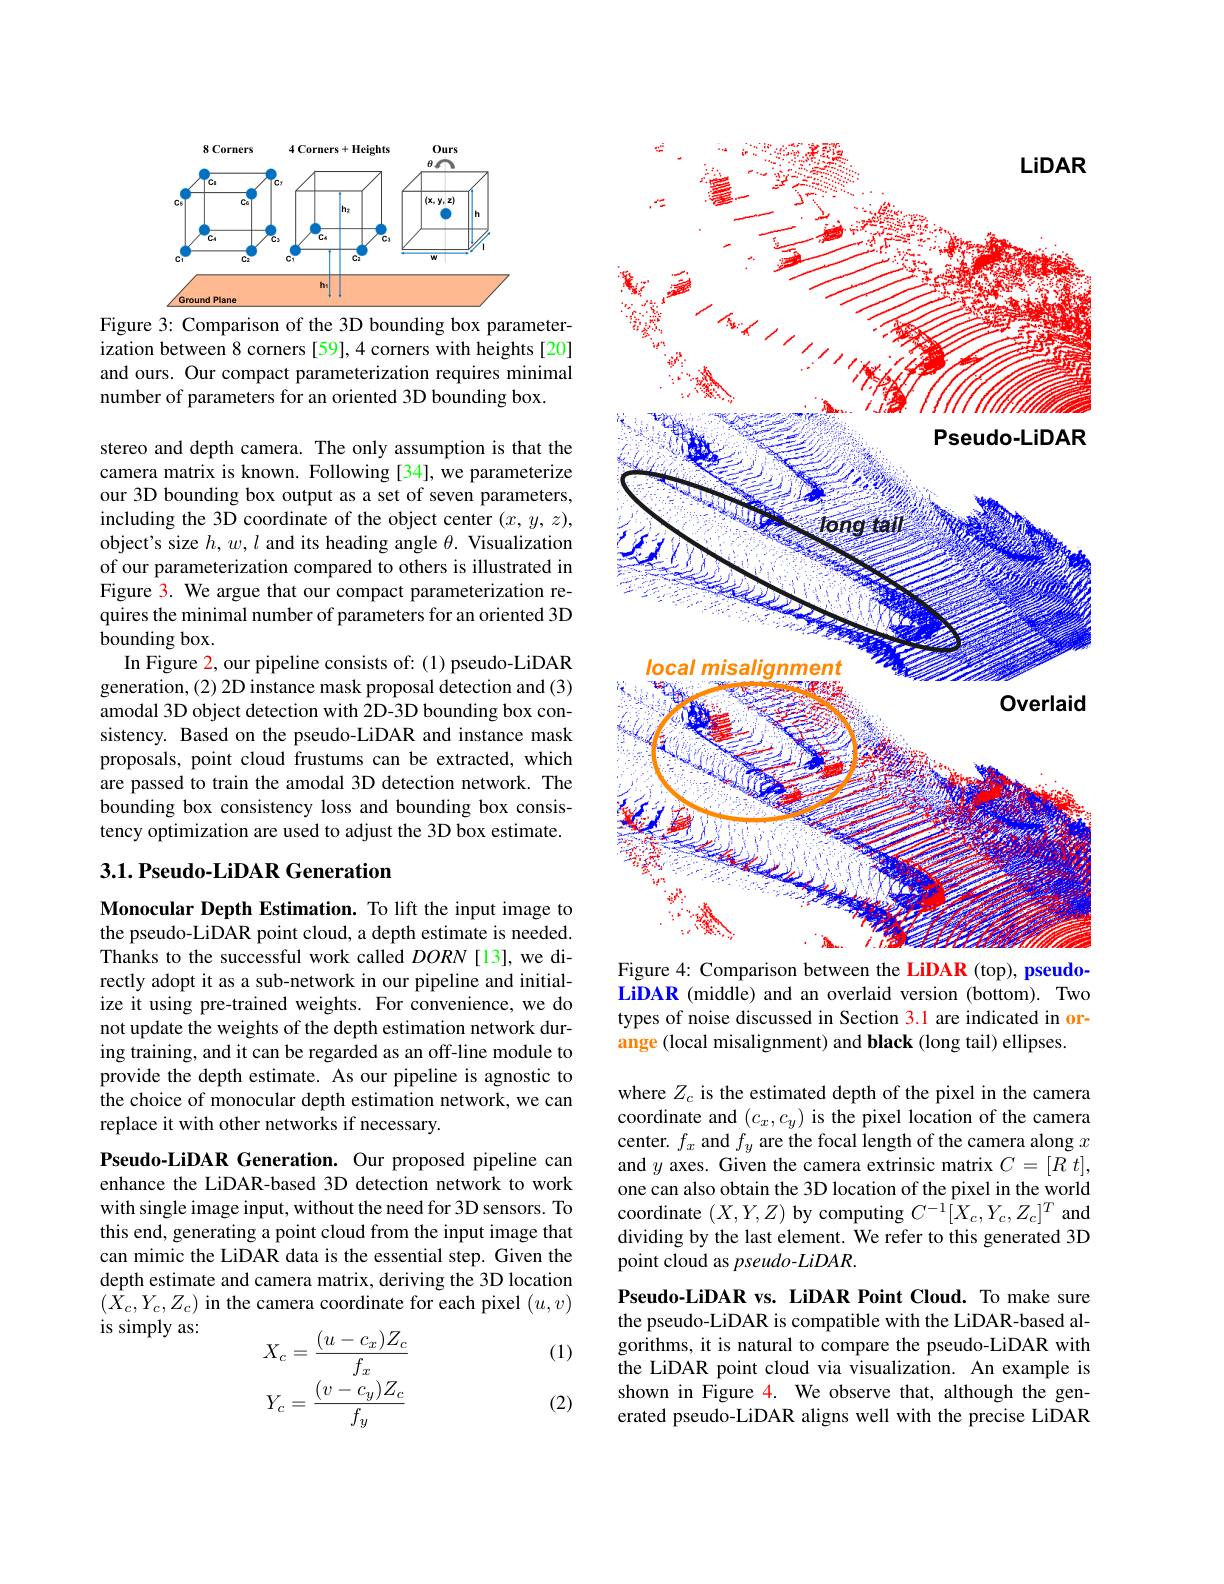
<FigureHere>
Figure 3: Comparison of the 3D bounding box parameter-

ization between 8 corners [59],4 corners with heights [20] and ours. Our compact parameterization requires minimal number of parameters for an oriented 3D bounding box.

stereo and depth camera. The only assumption is that the camera matrix is known. Following [34], we parameterize our 3D bounding box output as a set of seven parameters, including the 3D coordinate of the object center $(x,y,z)$, object's size $h,w,l$ and its heading angle $\theta.$ Visualization of our parameterization compared to others is illustrated in Figure 3. We argue that our compact parameterization requires the minimal number of parameters for an oriented 3D bounding box.
In Figure 2, our pipeline consists of: (1) pseudo-LiDAR generation, (2) 2D instance mask proposal detection and (3) amodal 3D object detection with 2D-3D bounding box consistency. Based on the pseudo-LiDAR and instance mask proposals, point cloud frustums can be extracted, which are passed to train the amodal 3D detection network. The bounding box consistency loss and bounding box consistency optimization are used to adjust the 3D box estimate.

### 3.1. Pseudo-LiDAR Generation

Monocular Depth Estimation. To lift the input image to the pseudo-LiDAR point cloud, a depth estimate is needed. Thanks to the successful work called $DORN$ [13], we directly adopt it as a sub-network in our pipeline and initialize it using pre-trained weights. For convenience, we do not update the weights of the depth estimation network during training, and it can be regarded as an off-line module to provide the depth estimate. As our pipeline is agnostic to the choice of monocular depth estimation network, we can replace it with other networks if necessary.

Pseudo-LiDAR Generation. Our proposed pipeline can enhance the LiDAR-based 3D detection network to work with single image input, without the need for 3D sensors. To this end, generating a point cloud from the input image that can mimic the LiDAR data is the essential step. Given the depth estimate and camera matrix, deriving the 3D location $(\bar{X}_{c},Y_{c},Z_{c})$ in the camera coordinate for each pixel $(u,v)$ is simply as:
$$\begin{aligned}X_c&=\frac{(u-c_x)Z_c}{f_x}\\Y_c&=\frac{(v-c_y)Z_c}{f_y}\end{aligned}$$
(1)

(2)

<FigureHere>

Figure 4: Comparison between the LiDAR (top), pseudo-

LiDAR (middle) and an overlaid version (bottom). Two types of noise discussed in Section 3.1 are indicated in orange (local misalignment) and black (long tail) ellipses.

where $Z_c$ is the estimated depth of the pixel in the camera coordinate and $(c_x,c_y)$ is the pixel location of the camera center. $f_x$ and $f_y$ are the focal length of the camera along $x$ and $y$ axes. Given the camera extrinsic matrix $C=[R$ $t]$, one can also obtain the 3D location of the pixel in the world coordinate $(X,Y,Z)$ by computing $C^-1[\hat{X}_c,Y_c,Z_c]^T$ and dividing by the last element. We refer to this generated 3D point cloud as pseudo-LiDAR.

Pseudo-LiDAR vs. LiDAR Point Cloud. To make sure the pseudo-LiDAR is compatible with the LiDAR-based algorithms, it is natural to compare the pseudo-LiDAR with the LiDAR point cloud via visualization. An example is shown in Figure 4. We observe that, although the generated pseudo-LiDAR aligns well with the precise LiDAR